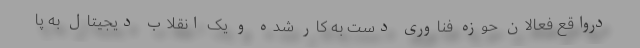
درواقع فعالان حوزه فناوری دست به کار شده و یک انقلاب دیجیتال به پا